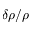
\delta \rho / \rho